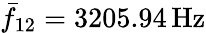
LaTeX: \bar{f}_{12}=3205.94\, \mathrm{Hz}